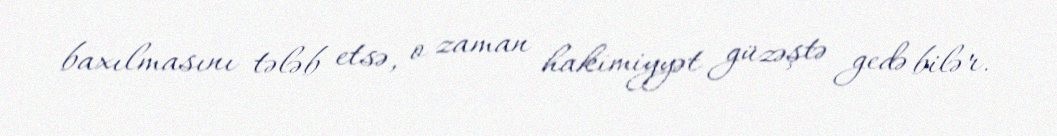
baxılmasını tələb etsə, o zaman hakimiyyət güzəştə gedə bilər.